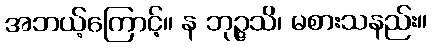
အဘယ့်ကြောင့်။ န ဘုဉ္ဇသိ၊ မစားသနည်း။